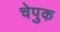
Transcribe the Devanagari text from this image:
चेपुक